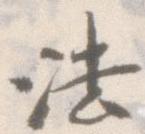
法